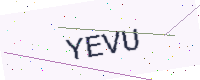
Text: YEVU